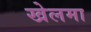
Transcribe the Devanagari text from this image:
खेलमा